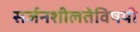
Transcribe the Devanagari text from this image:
सर्जनशीलतेविषयी